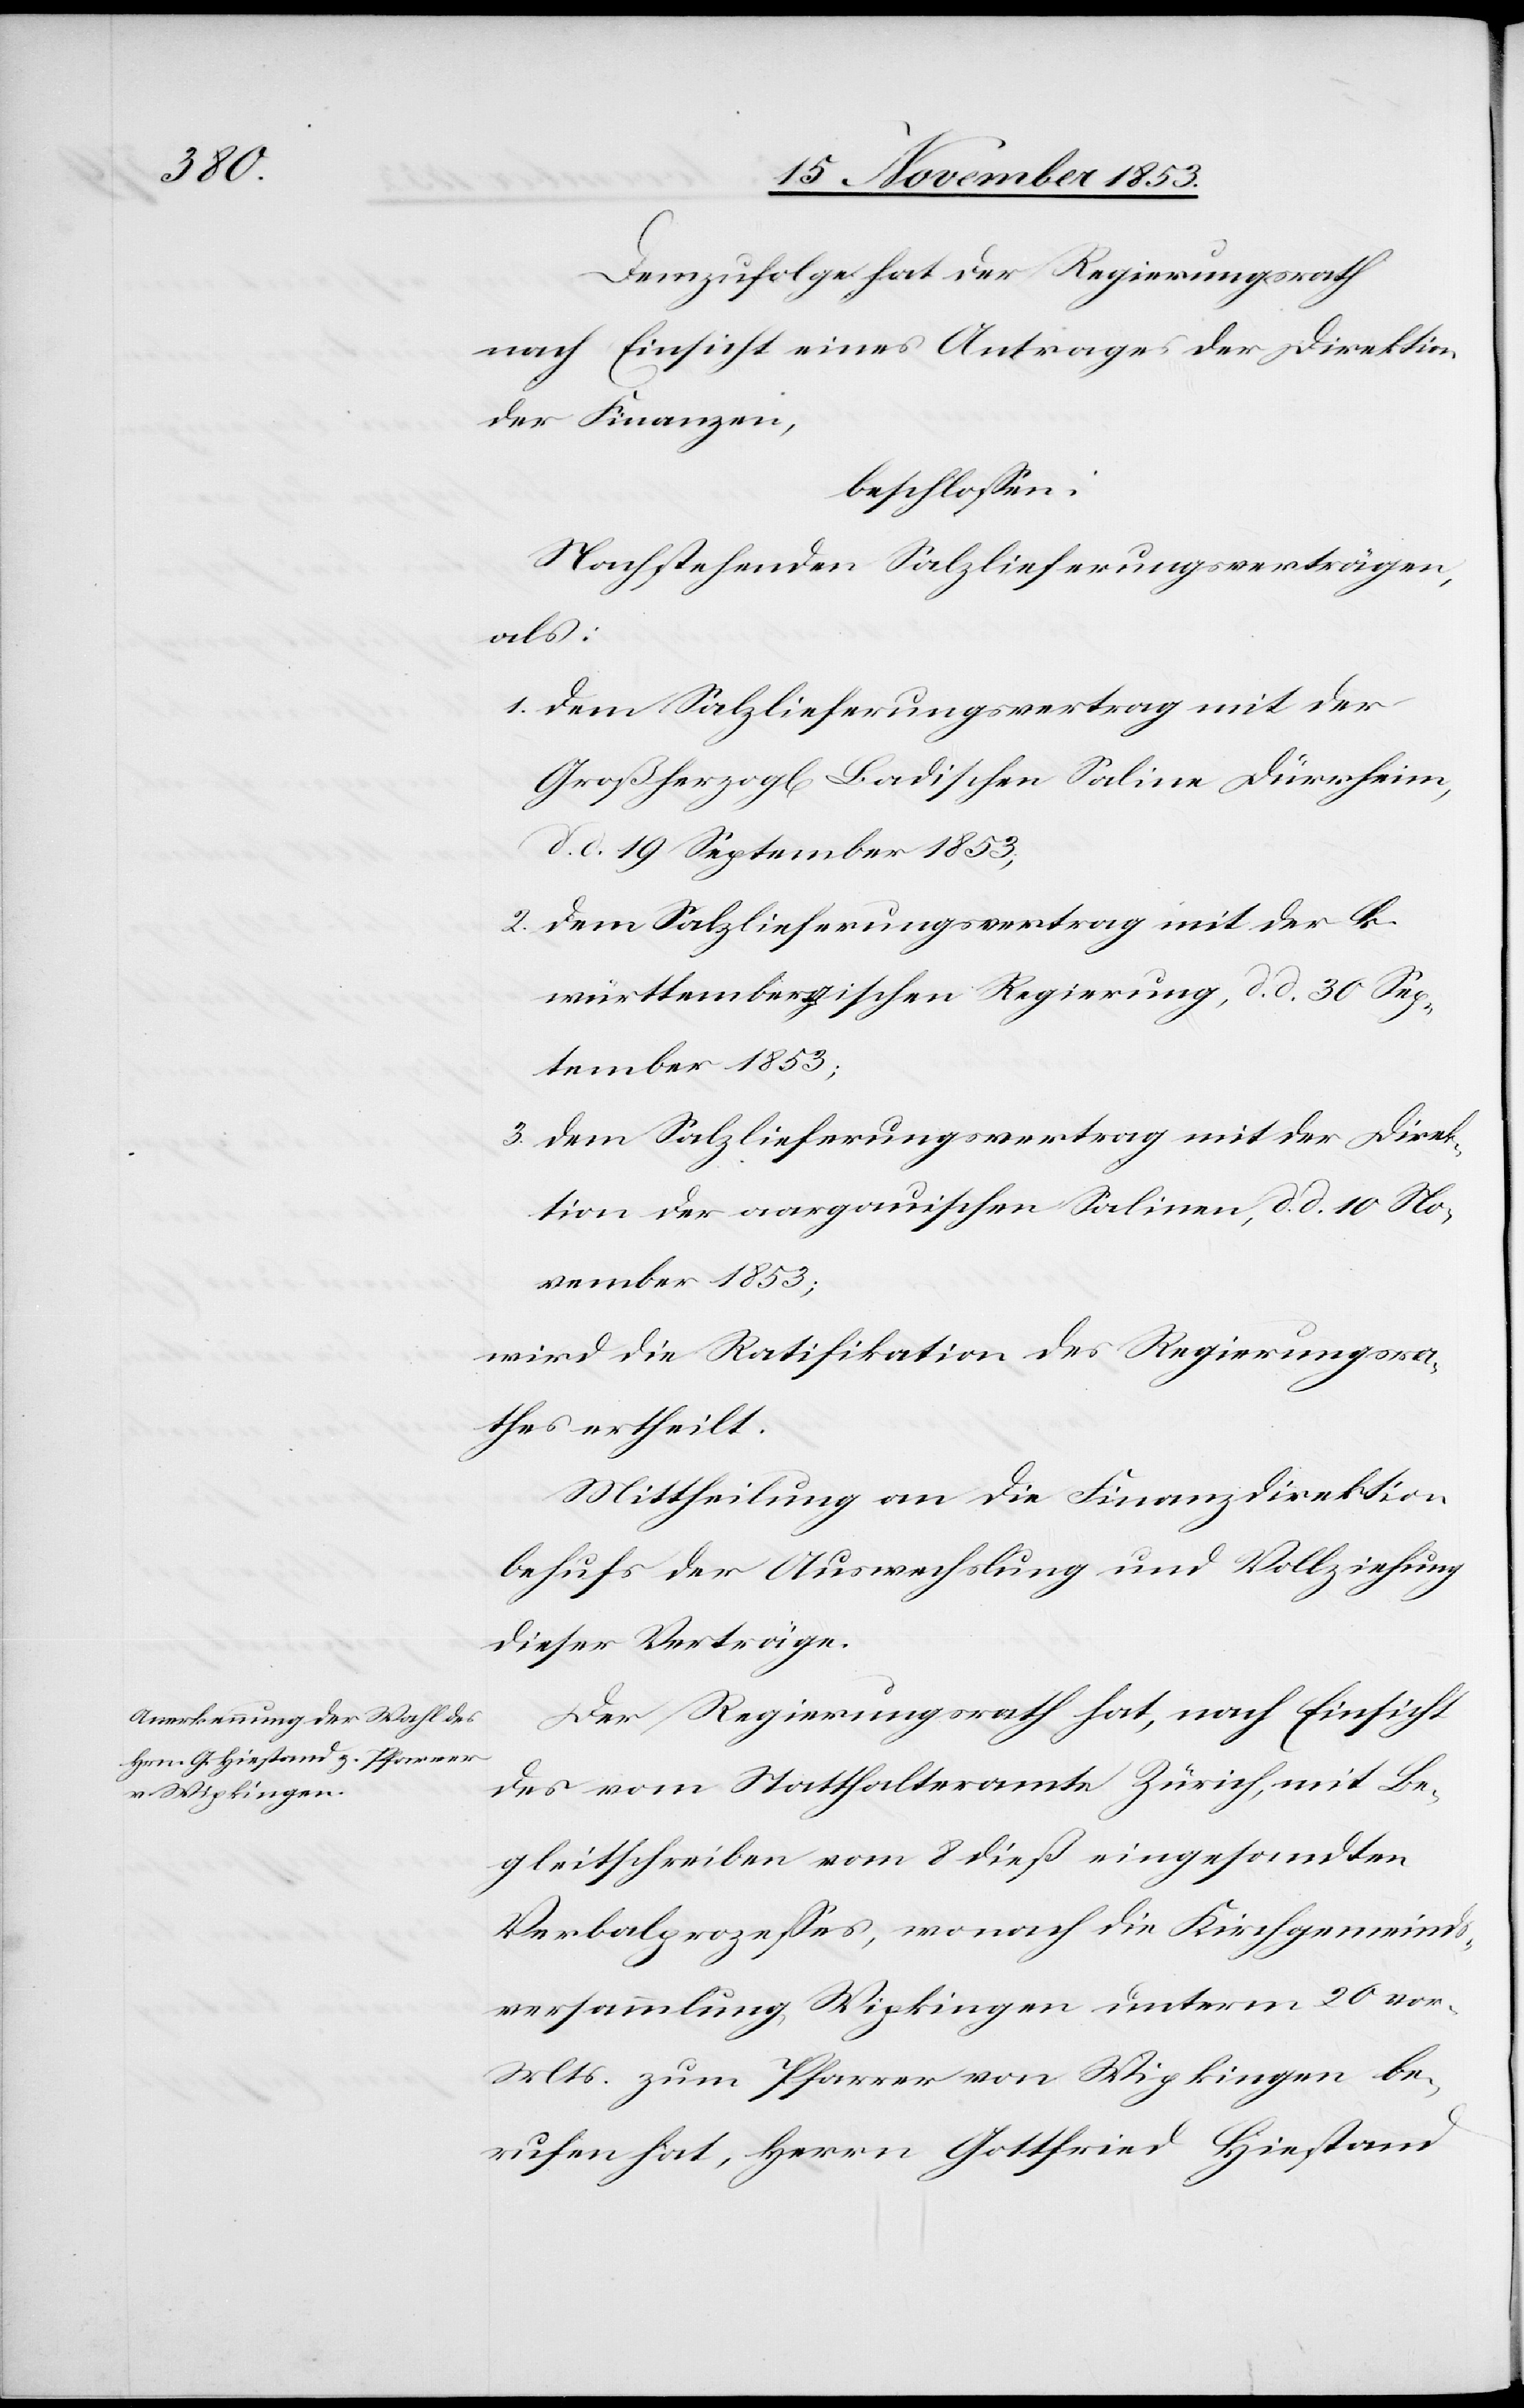
Demzufolge hat der Regierungsrath
nach Einsicht eines Antrages der Direktion
der Finanzen,
beschloßen:
Nachstehenden Salzlieferungsverträgen,
als:
1. Dem Salzlieferungsvertrag mit der
Großherzogl[ichen] Badischen Saline Dürrheim,
d. d. 19 September 1853,
2. Dem Salzlieferungsvertrag mit der k.
württembergischen Regierung, d. d. 30 Sep¬
tember 1853;
3. Dem Salzlieferungsvertrag mit der Direk¬
tion der aargauischen Salinen, d. d. 10 No¬
vember 1853;
wird die Ratifikation des Regierungsra¬
thes ertheilt.
Mittheilung an die Finanzdirektion
behufs der Auswechslung und Vollziehung
dieser Verträge.
Der Regierungsrath hat, nach Einsicht
des vom Statthalteramte Zürich, mit Be¬
gleitschreiben vom 8 dieß eingesandten
Verbalprozeßes, wonach die Kirchgemeinds¬
versammlung, Wipkingen unterm 20 vor.
Mts. zum Pfarrer von Wipkingen be¬
rufen hat, Herrn Gottfried Hiestand